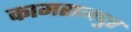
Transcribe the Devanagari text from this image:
कामराजपुर